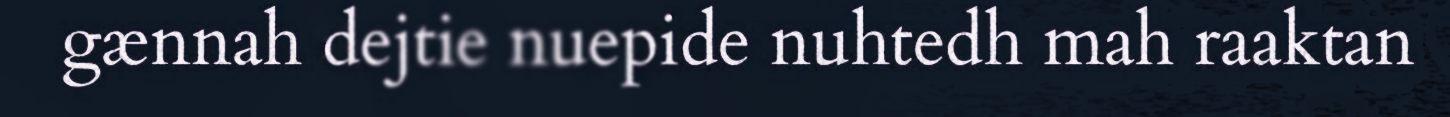
gænnah dejtie nuepide nuhtedh mah raaktan